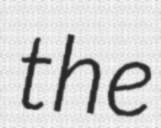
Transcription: the